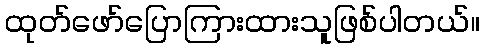
ထုတ်ဖော်ပြောကြားထားသူဖြစ်ပါတယ်။